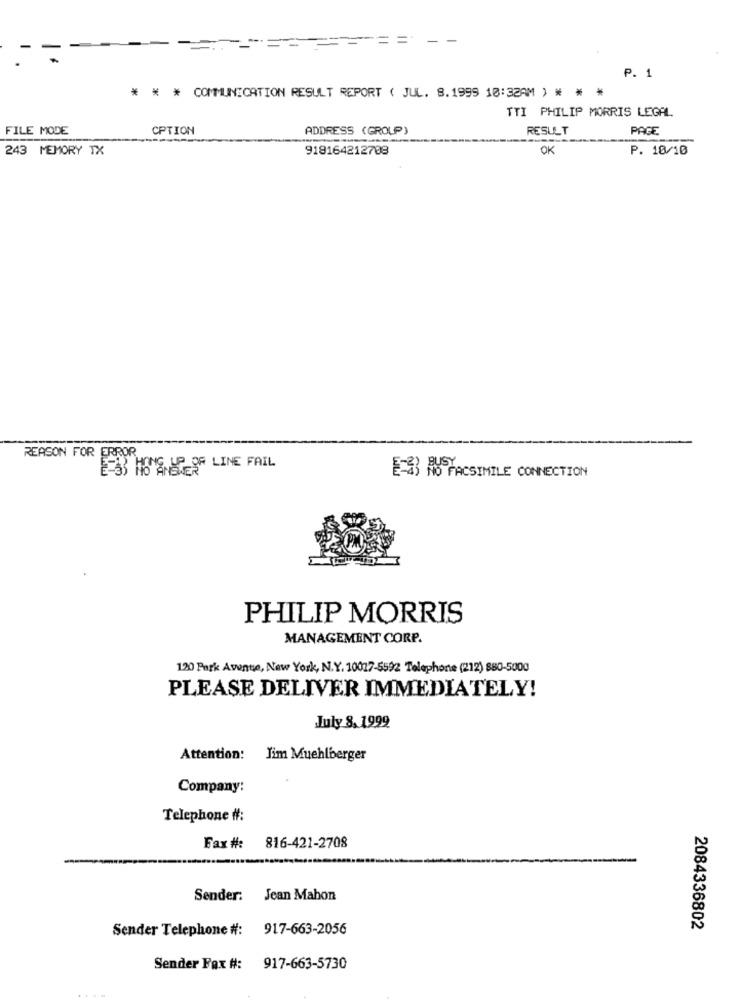
P. 1
* * * COMMUNICATION RESULT REPORT ( JUL. 8.1999 10:32AM ) * * *
TTI PHILIP MORRIS LEGAL
FILE MODE
CPTION
ADDRESS (GROUP)
RESULT
PAGE
243 MEMORY TX
918164212788
OK
P. 10/10
REASON FOR ERROR
E-33 HONG UP-OF LINE FAIL
E-43 NO FACSIMILE CONNECTION
PHILIP MORRIS
MANAGEMENT CORP.
120 Park Avenue, New York, N.Y. 10017-5592 Telephone (212) 880-5000
PLEASE DELIVER IMMEDIATELY!
July 8. 1999
Attention:
Jim Muehlberger
Company:
Telephone #:
Fax #: 816-421-2708
Sender: Jean Mahon
Sender Telephone #: 917-663-2056
2084336802
Sender Fax #: 917-663-5730